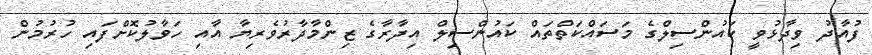
ފުއާދު ވިދާޅުވީ ކައުންސިލްގެ މަސައްކަތްތައް ކައުންސިލް އިދާރާގެ ޒިންމާދާރުވެރިޔާ އާއި ހަވާލުކޮށްފައި ހުރުމުން